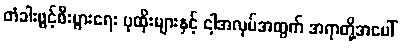
တံခါးဖွင့်စီးပွားရေး ပုထိုးများနှင့် ငါ့အလုပ်အတွက် အရာတို့အပေါ်